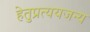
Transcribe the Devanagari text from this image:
हेतुप्रत्ययजन्य